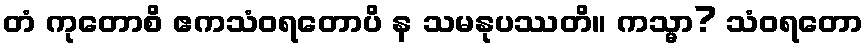
တံ ကုတောစိ ဧကသံဝရတောပိ န သမနုပဿတိ။ ကသ္မာ? သံဝရတော